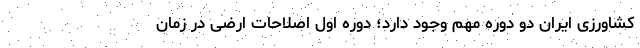
کشاورزی ایران دو دوره مهم وجود دارد؛ دوره اول اصلاحات ارضی در زمان